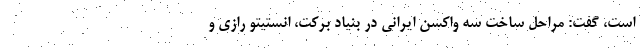
است، گفت: مراحل ساخت سه واکسن ایرانی در بنیاد برکت، انستیتو رازی و